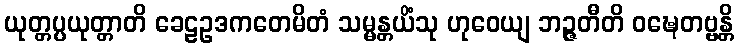
ယုတ္တပ္ပယုတ္တာတိ ခေဠဥဒကတေမိတံ သမ္မန္တယိံသု ဟုဝေယျ ဘဉ္ဇတီတိ ဝဍ္ဎေတဗ္ဗန္တိ